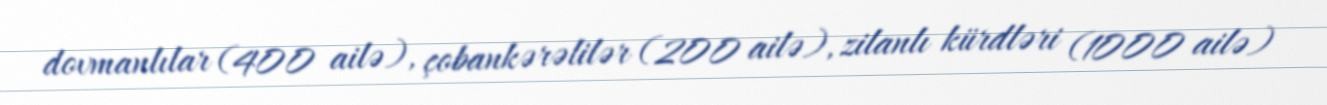
dovmanlılar (400 ailə), çobankərəlilər (200 ailə), zilanlı kürdləri (1000 ailə)